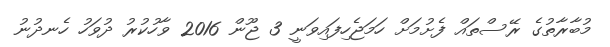
މުބާރާތުގެ ރޭސްތައް ފެށުމަށް ހަމަޖެހިފައިވަނީ 3 ޖޫން 2016 ވާހުކުރު ދުވަހު ހެނދުނު